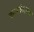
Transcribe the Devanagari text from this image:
कारवेल्लक